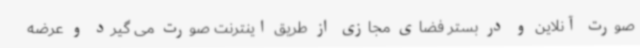
صورت آنلاین و در بستر فضای مجازی از طریق اینترنت صورت می گیرد و عرضه